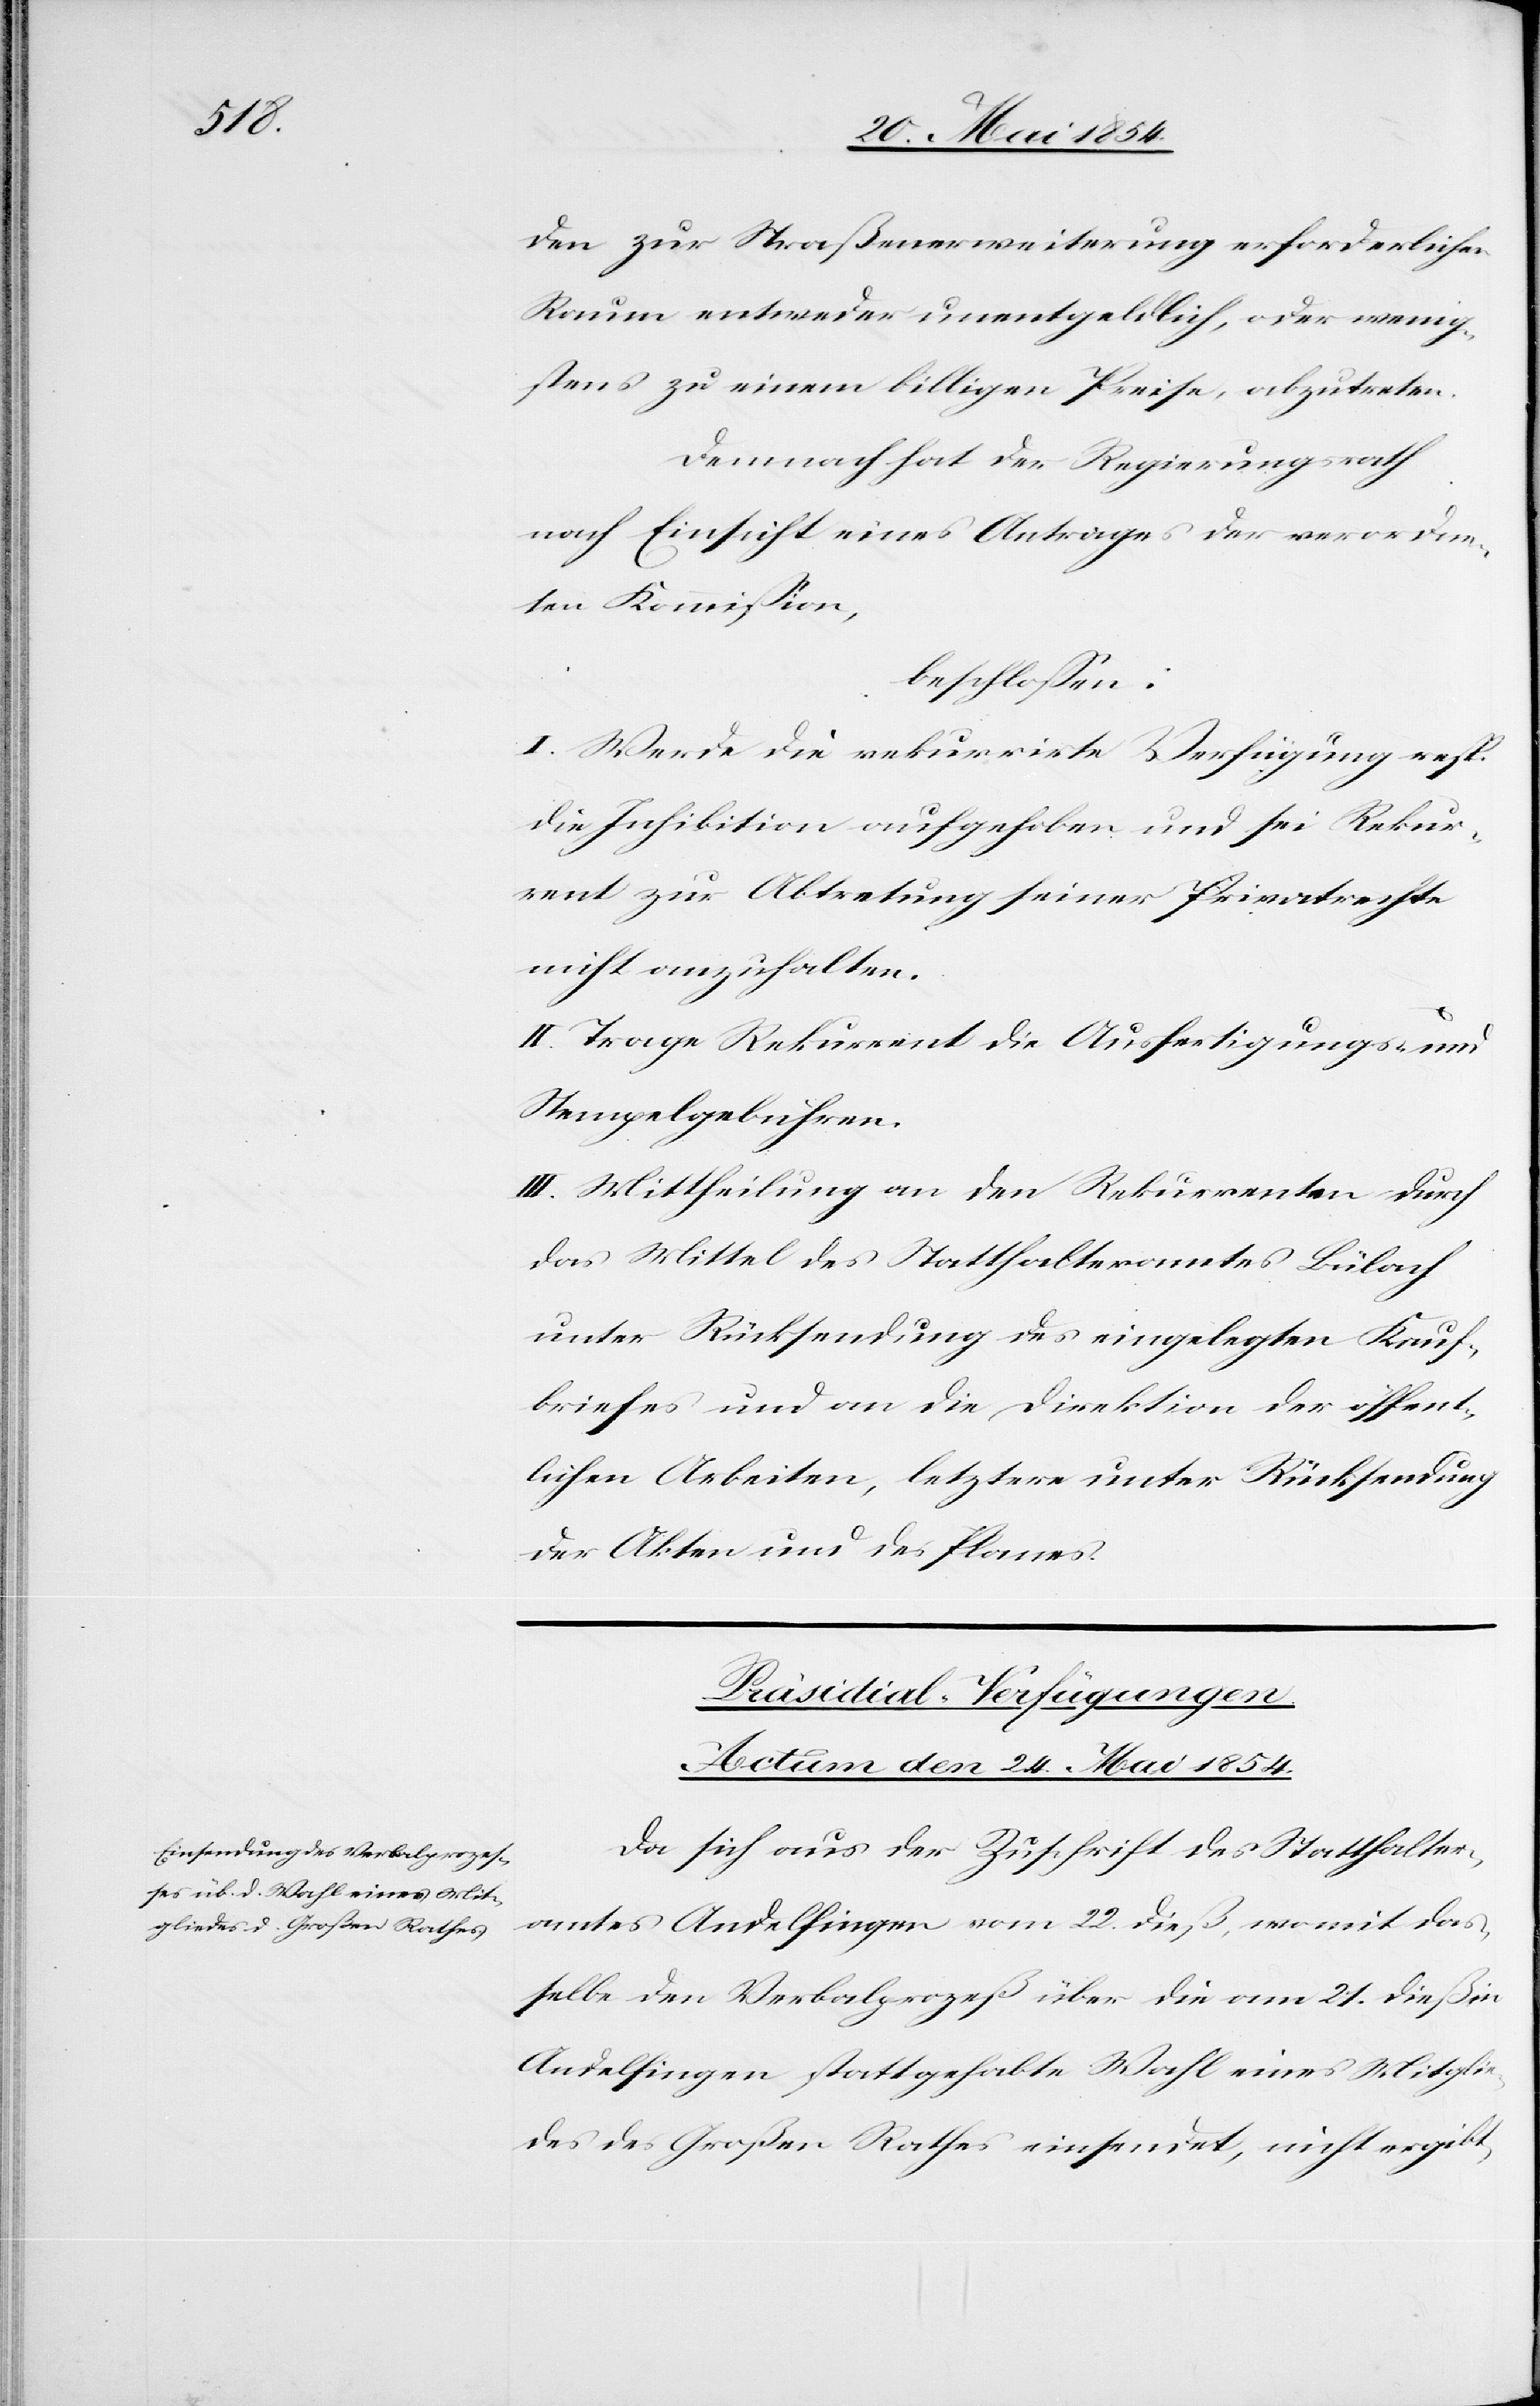
den zur Straßenerweiterung erforderlichen
Raum entweder unentgeldlich, oder wenig¬
stens zu einem billigen Preise, abzutreten.
Demnach hat der Regierungsrath
nach Einsicht eines Antrages der verordne¬
ten Kommißion,
beschloßen:
I. Werde die rekurrirte Verfügung resp.
die Inhibition aufgehoben und sei Rekur¬
rent zur Abtretung seiner Privatrechte
nicht anzuhalten.
II. Trage Rekurrent die Ausfertigungs- und
Stempelgebühren.
III. Mittheilung an den Rekurrenten durch
das Mittel des Statthalteramtes Bülach
unter Rücksendung des eingelegten Kauf¬
briefes und an die Direktion der öffent¬
lichen Arbeiten, letztere unter Rücksendung
der Akten und des Planes.
Präsidial-Verfügungen.
Actum den 24. Mai 1854.
Da sich aus der Zuschrift des Statthalter¬
amtes Andelfingen vom 22. dieß, womit das¬
selbe den Verbalprozeß über die am 21. dieß in
Andelfingen stattgehabte Wahl eines Mitglie¬
des des Großen Rathes einsendet, nicht ergibt,